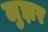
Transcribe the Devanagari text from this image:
लुझर